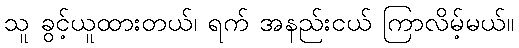
သူ ခွင့်ယူထားတယ်၊ ရက် အနည်းငယ် ကြာလိမ့်မယ်။